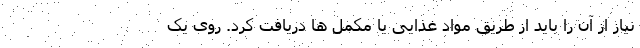
نیاز از آن را باید از طریق مواد غذایی یا مکمل ها دریافت کرد. روی یک